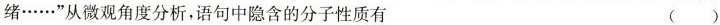
绪……”从微观角度分析，语句中隐含的分子性质有 ( )